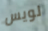
لويس